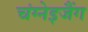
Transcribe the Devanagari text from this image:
चंग्नेइजैंग